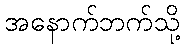
အနောက်ဘက်သို့